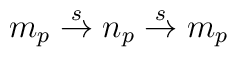
m_p\stackrel{s}{\rightarrow}n_p\stackrel{s}{\rightarrow} m_p